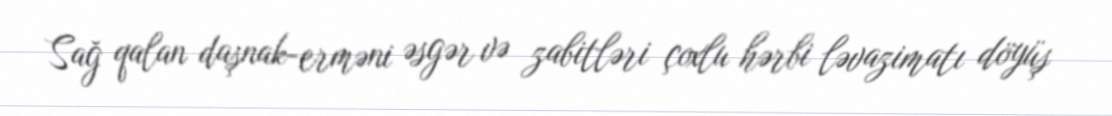
Sağ qalan daşnak-erməni əsgər və zabitləri çoxlu hərbi ləvazimatı döyüş